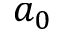
a _ { 0 }